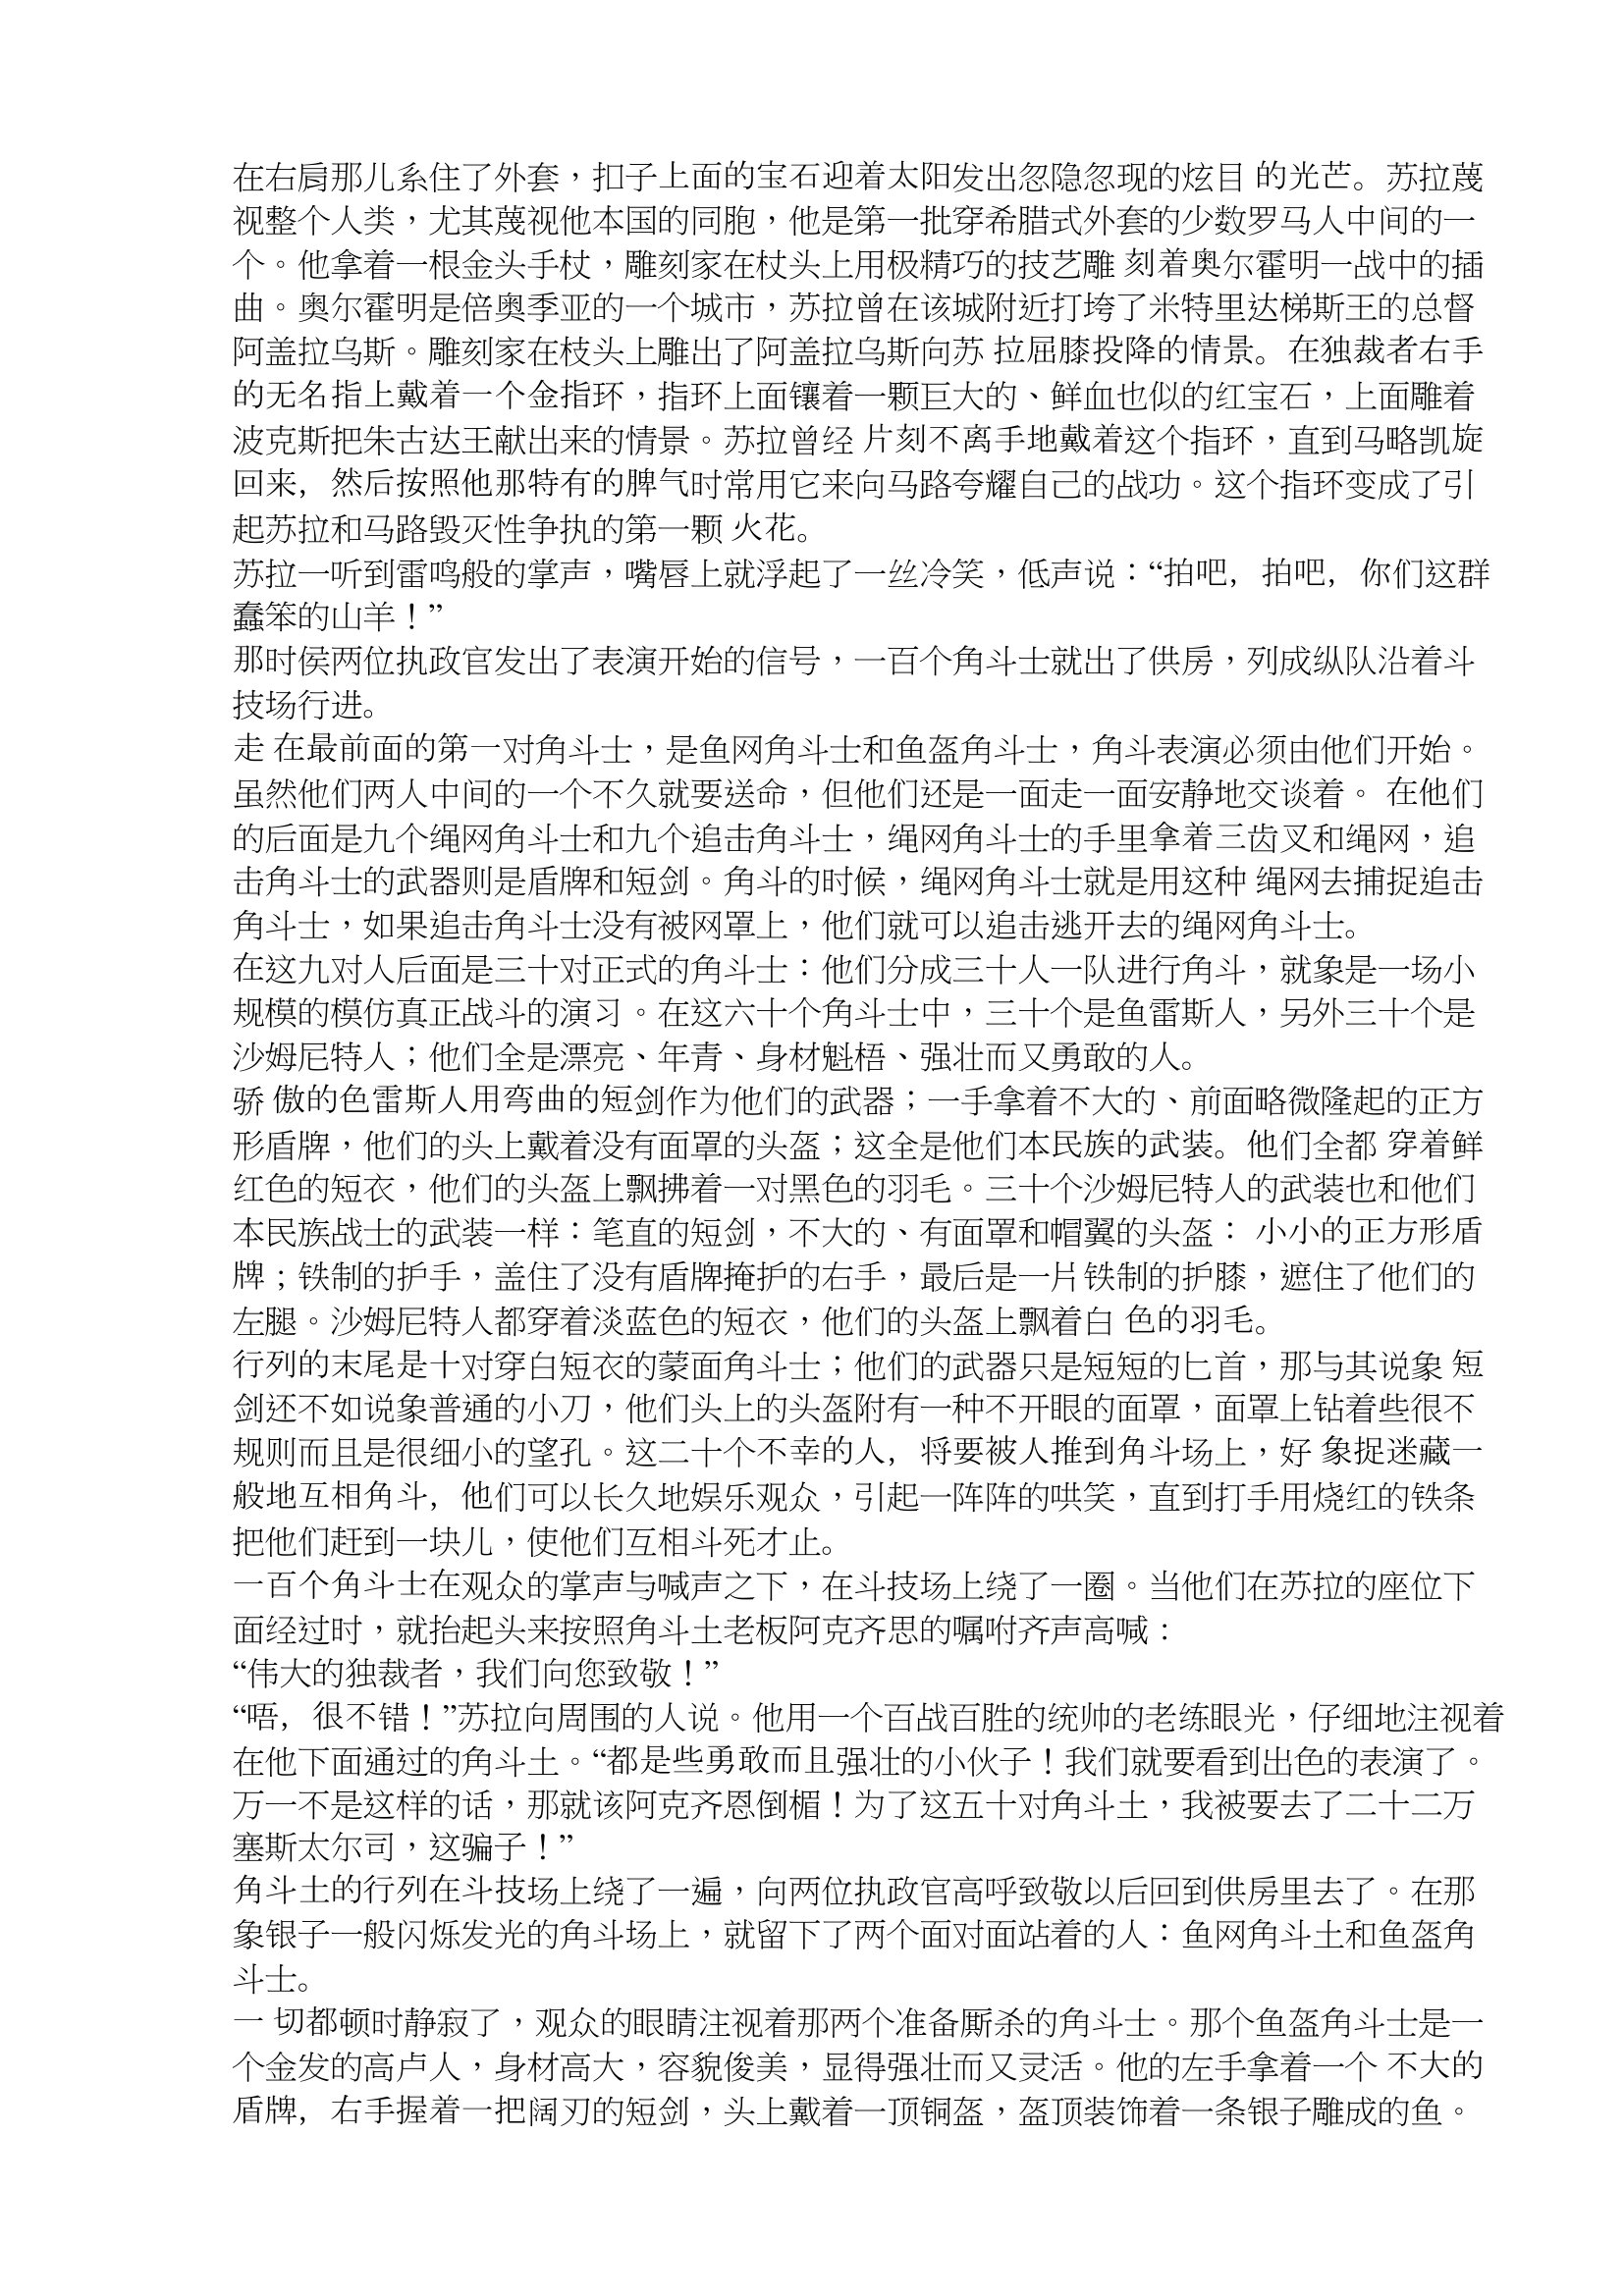
Language: zh